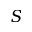
S